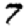
Digit: 7